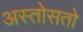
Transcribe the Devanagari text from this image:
अस्तोसतो